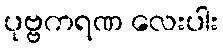
ပုဗ္ဗကရဏ လေးပါး